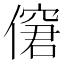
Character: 僒